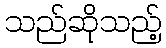
သည်ဆိုသည့်